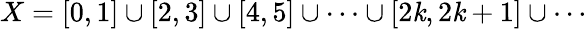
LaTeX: X=[0,1]\cup[2,3]\cup[4,5]\cup\dots\cup[2\mathit{k},2\mathit{k}+1]\cup\dotsb